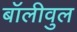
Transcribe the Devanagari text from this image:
बॉलीवुल